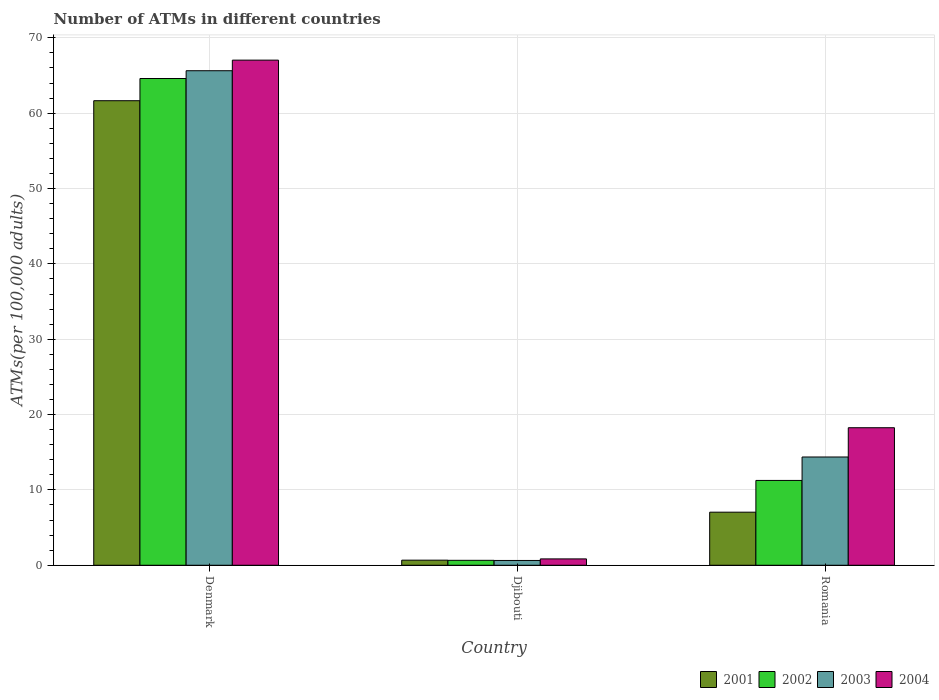
| Country | 2001 | 2002 | 2003 | 2004 |
 | --- | --- | --- | --- | --- |
 | Denmark | 61.7 | 64.6 | 65.6 | 67 |
 | Djibouti | 0.676 | 0.656 | 0.638 | 0.844 |
 | Romania | 7.04 | 11.3 | 14.4 | 18.3 |